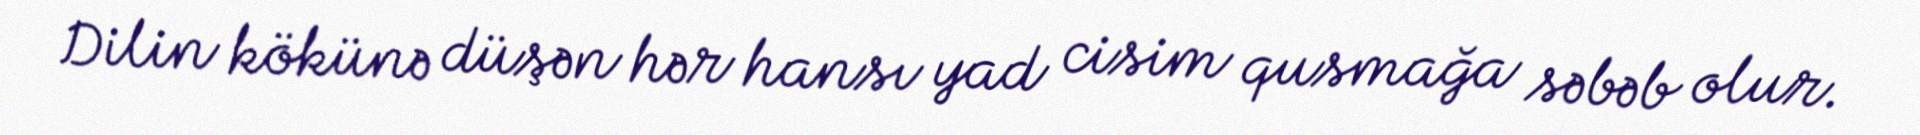
Dilin kökünə düşən hər hansı yad cisim qusmağa səbəb olur.